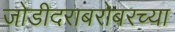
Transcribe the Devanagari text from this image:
जोडीदराबरोबरच्या